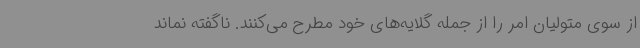
از سوی متولیان امر را از جمله گلایه‌های خود مطرح می‌کنند. ناگفته نماند